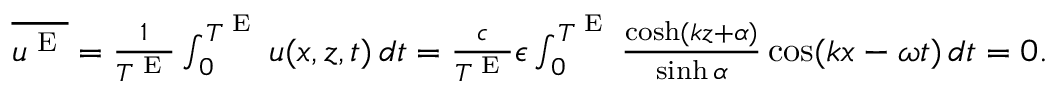
\begin{array} { r } { \overline { { u ^ { \textnormal { E } } } } = \frac { 1 } { T ^ { \textnormal { E } } } \int _ { 0 } ^ { T ^ { \textnormal { E } } } u ( x , z , t ) \, d t = \frac { c } { T ^ { \textnormal { E } } } \epsilon \int _ { 0 } ^ { T ^ { \textnormal { E } } } \frac { \cosh ( k z + { \alpha } ) } { \sinh { \alpha } } \cos ( k x - \omega t ) \, d t = 0 . } \end{array}